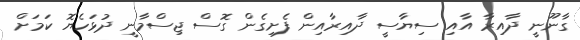
ގާނޫނީ ދާއިރާ އާއި ސިޔާސީ ދާއިރާއިން ފެށިގެން ގޮސް ޖިސްމާނީ ދުޅަހެޔޮ ކަމަށް